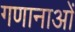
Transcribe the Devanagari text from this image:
गणानाओं